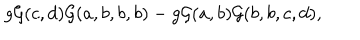
g { \cal G } ( c , d ) { \cal G } ( a , b , b , b ) - g { \cal G } ( a , b ) { \cal G } ( b , b , c , d ) ,